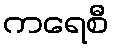
ကရေစီ